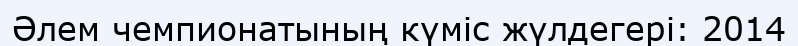
Әлем чемпионатының күміс жүлдегері: 2014